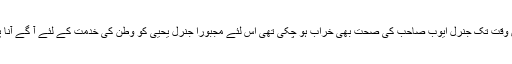
اس وقت تک جنرل ایوب صاحب کی صحت بھی خراب ہو چکی تھی اس لئے مجبوراً جنرل یحیی کو وطن کی خدمت کے لئے آ گے آنا پڑا۔